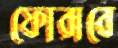
ফোরাবে